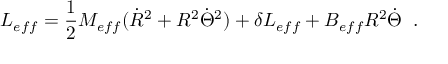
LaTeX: L _ { e f f } = \frac { 1 } { 2 } M _ { e f f } ( \dot { R } ^ { 2 } + R ^ { 2 } \dot { \Theta } ^ { 2 } ) + \delta L _ { e f f } + B _ { e f f } R ^ { 2 } \dot { \Theta } \; \; .